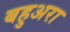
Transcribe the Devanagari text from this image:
बहुअरा